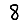
Digit: 8